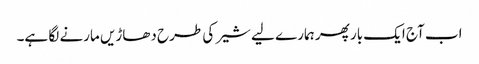
اب آج ایک بار پھر ہمارے لیے شیر کی طرح دھاڑیں مارنے لگا ہے۔